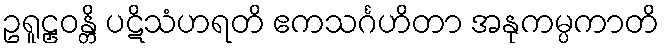
ဥရူဠှဝန္တိ ပဋိသံဟရတိ ဧကသင်္ဂဟိတာ အနုကမ္ပကာတိ